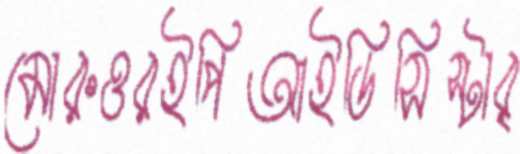
মোরুওরইপিআইডিসিস্টার্